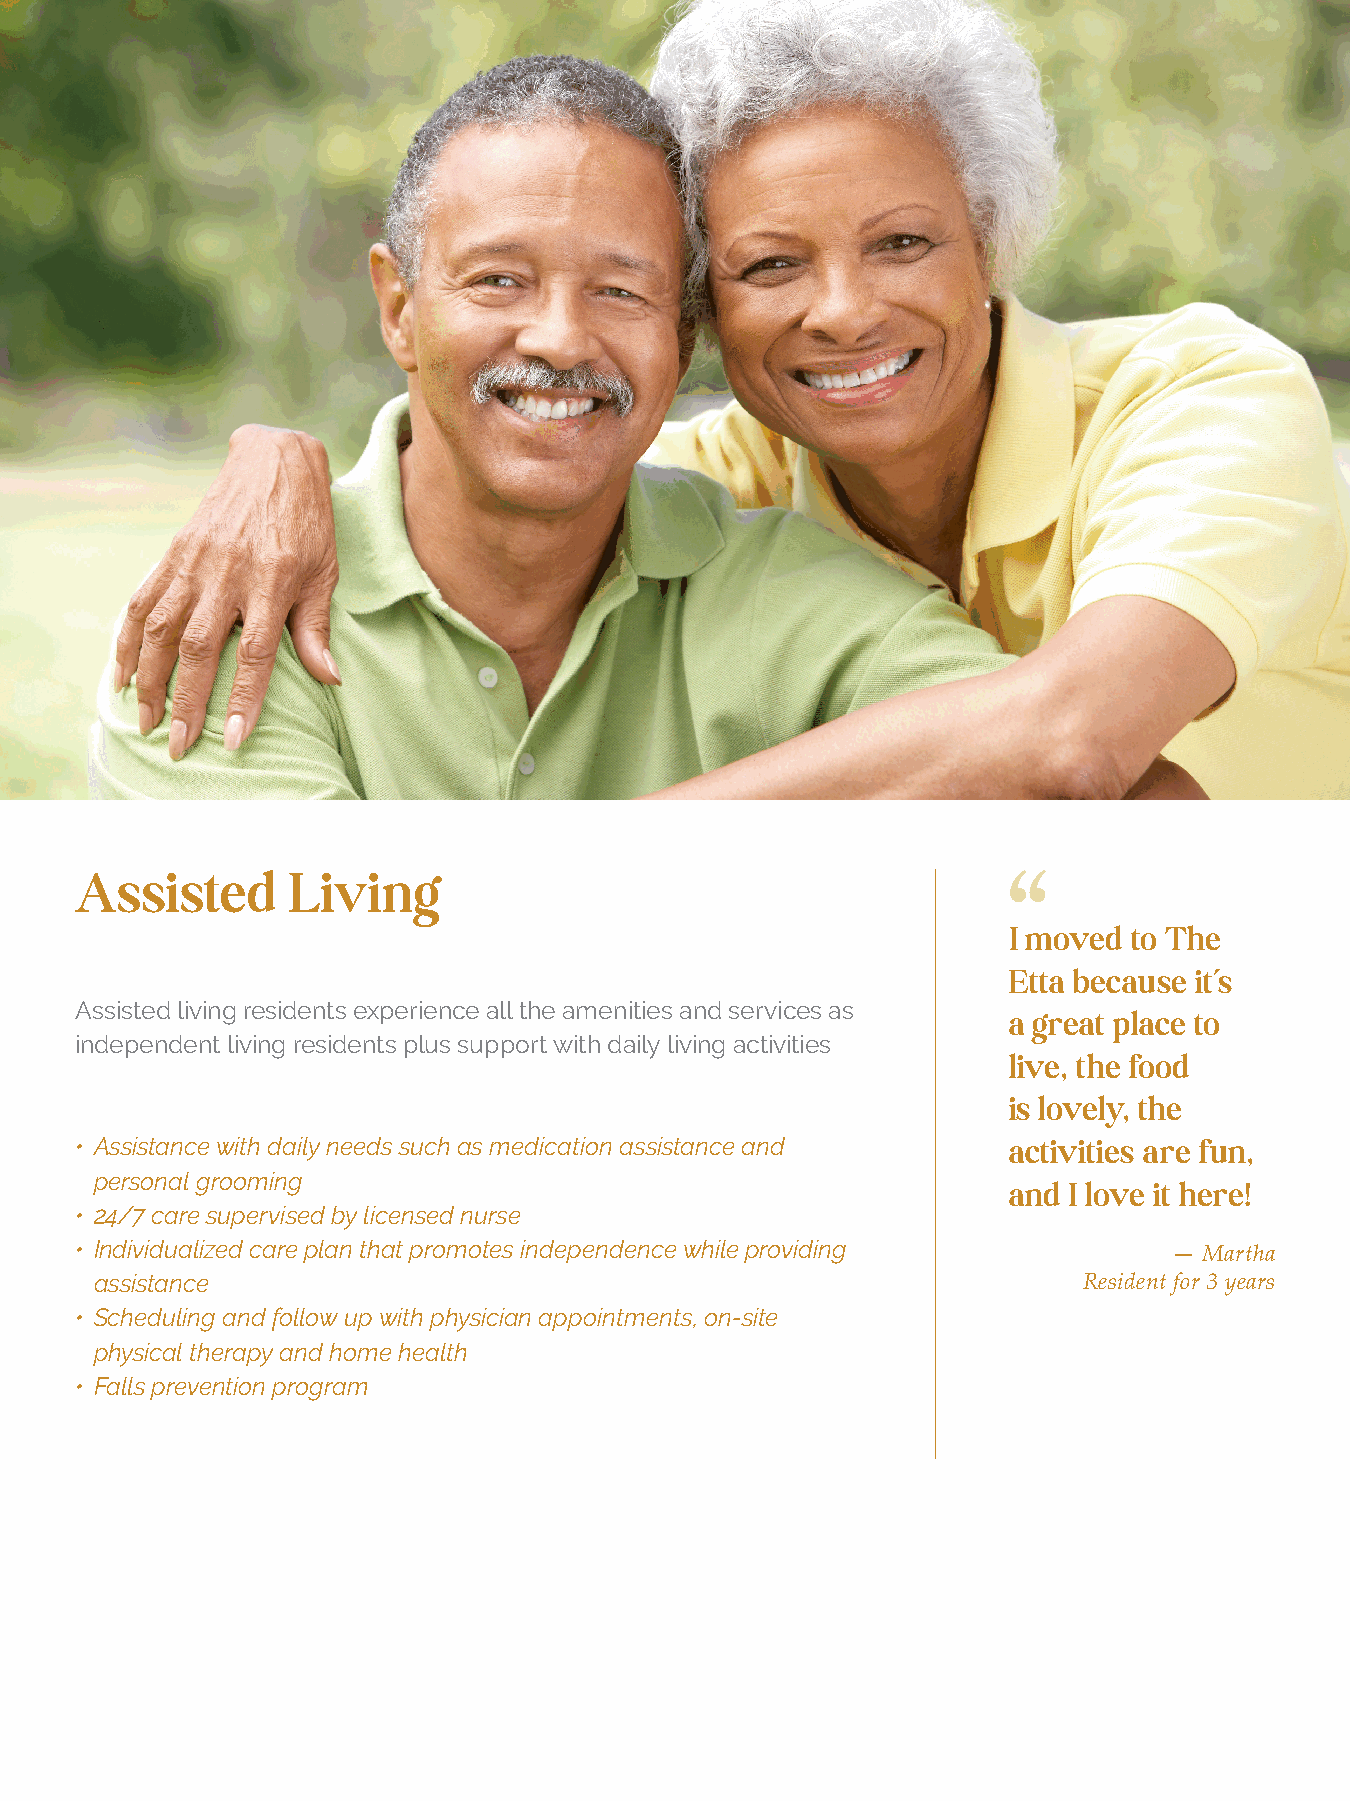
‘‘
 Assisted      Living
 I moved to The
 Etta because it’s
 Assisted living residents experience all the amenities and services as
 a great place to
 independent living residents plus support with daily living activities
 live, the food
 is lovely, the
 • Assistance with daily needs such as medication assistance and activities are fun,
 personal grooming
 and I love it here!
 • 24/7 care supervised by licensed nurse
 • Individualized care plan that promotes independence while providing
 — Martha
 assistance                                                        Resident for 3 years
 • Scheduling and follow up with physician appointments, on-site
 physical therapy and home health
 • Falls prevention program